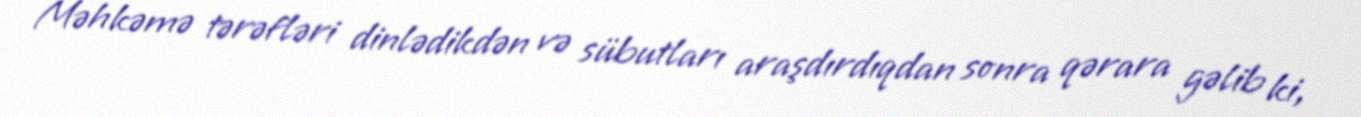
Məhkəmə tərəfləri dinlədikdən və sübutları araşdırdıqdan sonra qərara gəlib ki,